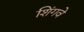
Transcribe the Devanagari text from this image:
शिंगवे